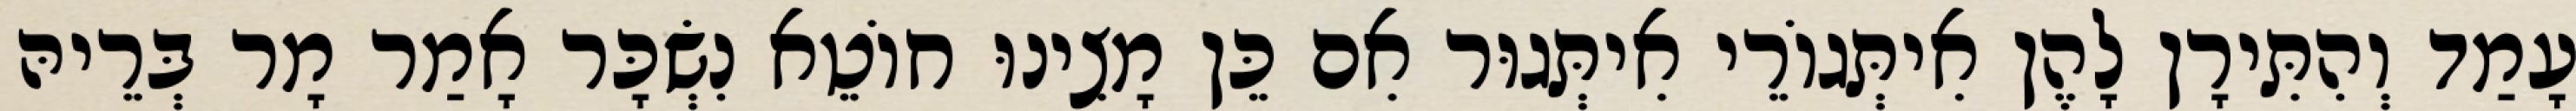
עָמַד וְהִתִּירָן לָהֶן אִיתְּגוֹרֵי אִיתְּגוּר אִם כֵּן מָצִינוּ חוֹטֵא נִשְׂכָּר אָמַר מָר בְּרֵיהּ